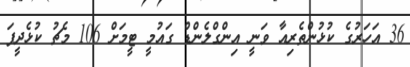
36 އަހަރުގެ ކުޅުންތެރިއާ ވަނީ އިންގްލެންޑް ގައުމީ ޓީމަށް 106 މެޗު ކުޅެދީފަ